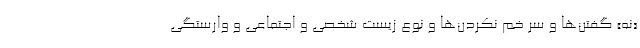
«نه» گفتن‌ها و سر خم نکردن‌ها و نوع زیست شخصی و اجتماعی و وارستگی